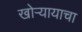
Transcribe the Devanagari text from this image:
खोऱ्यायाचा